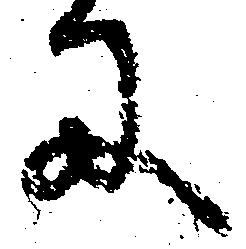
に